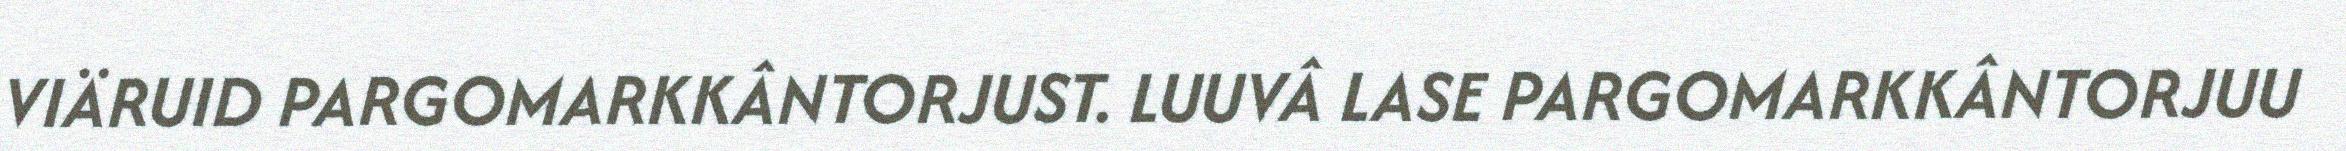
VIÄRUID PARGOMARKKÂNTORJUST. LUUVÂ LASE PARGOMARKKÂNTORJUU